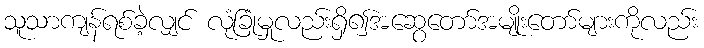
သူသာကျန်ရစ်ခဲ့လျှင် လုံခြုံမှုလည်းရှိ၍အဆွေတော်အမျိုးတော်များကိုလည်း